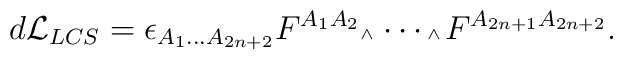
d{\cal L}_{LCS} = \epsilon_{A_1\ldots A_{2n+2}} F^{A_1 A_2} \mbox{\tiny $\wedge\,$}\cdots \mbox{\tiny $\wedge\,$} F^{A_{2n+1} A_{2n+2}}.